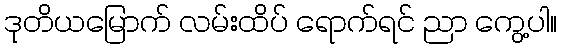
ဒုတိယမြောက် လမ်းထိပ် ရောက်ရင် ညာ ကွေ့ပါ။